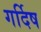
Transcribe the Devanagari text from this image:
गर्दिष